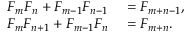
\begin{array} { r l } { { F _ { m } } { F _ { n } } + { F _ { m - 1 } } { F _ { n - 1 } } } & { { } = F _ { m + n - 1 } , } \\ { F _ { m } F _ { n + 1 } + F _ { m - 1 } F _ { n } } & { { } = F _ { m + n } . } \end{array}